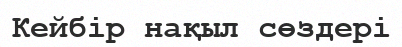
Кейбір нақыл сөздері